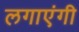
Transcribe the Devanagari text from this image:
लगाएंगी